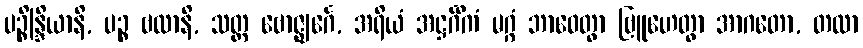
ပဉ္စိန္ဒြိယာနိ, ပဉ္စ ဗလာနိ, သတ္တ ဗောဇ္ဈင်္ဂေ, အရိယံ အဋ္ဌင်္ဂိကံ မဂ္ဂံ ဘာဝေတွာ ဗြူဟေတွာ အာဂတော, တထာ